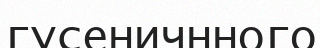
гусеничнного